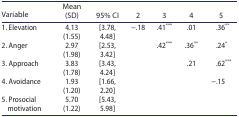
<table><thead><tr><td><b>Variable</b></td><td><b>Mean (SD)</b></td><td><b>95% CI</b></td><td><b>2</b></td><td><b>3</b></td><td><b>4</b></td><td><b>5</b></td></tr></thead><tbody><tr><td>1. Elevation</td><td>4.13 (1.55)</td><td>[3.78, 4.48]</td><td>−.18</td><td>.41<sup>***</sup></td><td>.01</td><td>.36<sup>**</sup></td></tr><tr><td>2. Anger</td><td>2.97 (1.98)</td><td>[2.53, 3.42]</td><td> </td><td>.42<sup>***</sup></td><td>.36<sup>**</sup></td><td>.24<sup>*</sup></td></tr><tr><td>3. Approach</td><td>3.83 (1.78)</td><td>[3.43, 4.24]</td><td> </td><td> </td><td>.21</td><td>.62<sup>***</sup></td></tr><tr><td>4. Avoidance</td><td>1.93 (1.20)</td><td>[1.66, 2.20]</td><td> </td><td> </td><td> </td><td>−.15</td></tr><tr><td>5. Prosocial motivation</td><td>5.70 (1.22)</td><td>[5.43, 5.98]</td><td> </td><td> </td><td> </td><td> </td></tr></tbody></table>